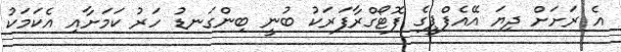
އެ ރަށަށް ދިޔަ އޭއެފްޕީގެ ފޮޓޯގްރާފަރަކު ބުނީ ބިންގަނޑު ހަރު ކަމަށާއި އެކަމަކު